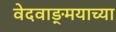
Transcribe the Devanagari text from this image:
वेदवाङ्‌मयाच्या